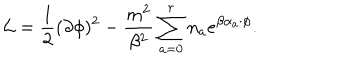
{ \cal L } = \frac { 1 } { 2 } ( \partial \phi ) ^ { 2 } - \frac { m ^ { 2 } } { \beta ^ { 2 } } \sum _ { a = 0 } ^ { r } n _ { a } e ^ { \beta \alpha _ { a } \cdot \phi } .